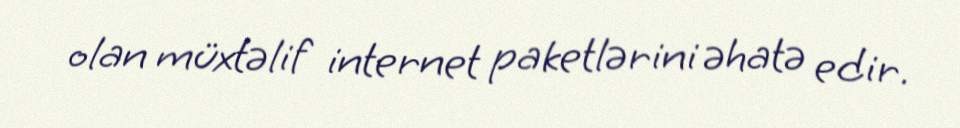
olan müxtəlif internet paketlərini əhatə edir.